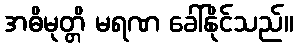
အဓိမုတ္တိ မရဏ ခေါ်နိုင်သည်။